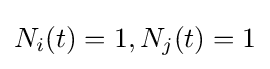
N_{i}(t)=1,N_{j}(t)=1